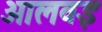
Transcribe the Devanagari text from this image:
आलवइ